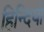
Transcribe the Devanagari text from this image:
हिन्दियो